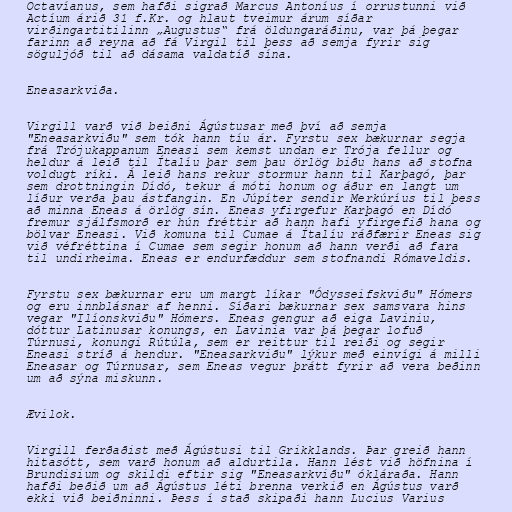
Octavíanus, sem hafði sigrað Marcus Antoníus í orrustunni við
Actíum árið 31 f.Kr. og hlaut tveimur árum síðar
virðingartitilinn „Augustus“ frá öldungaráðinu, var þá þegar
farinn að reyna að fá Virgil til þess að semja fyrir sig
söguljóð til að dásama valdatíð sína.

Eneasarkviða.

Virgill varð við beiðni Ágústusar með því að semja
"Eneasarkviðu" sem tók hann tíu ár. Fyrstu sex bækurnar segja
frá Trójukappanum Eneasi sem kemst undan er Trója fellur og
heldur á leið til Ítalíu þar sem þau örlög biðu hans að stofna
voldugt ríki. Á leið hans rekur stormur hann til Karþagó, þar
sem drottningin Dídó, tekur á móti honum og áður en langt um
líður verða þau ástfangin. En Júpíter sendir Merkúríus til þess
að minna Eneas á örlög sín. Eneas yfirgefur Karþagó en Dídó
fremur sjálfsmorð er hún fréttir að hann hafi yfirgefið hana og
bölvar Eneasi. Við komuna til Cumae á Ítalíu ráðfærir Eneas sig
við véfréttina í Cumae sem segir honum að hann verði að fara
til undirheima. Eneas er endurfæddur sem stofnandi Rómaveldis.

Fyrstu sex bækurnar eru um margt líkar "Ódysseifskviðu" Hómers
og eru innblásnar af henni. Síðari bækurnar sex samsvara hins
vegar "Ilíonskviðu" Hómers. Eneas gengur að eiga Laviniu,
dóttur Latinusar konungs, en Lavinia var þá þegar lofuð
Túrnusi, konungi Rútúla, sem er reittur til reiði og segir
Eneasi stríð á hendur. "Eneasarkviðu" lýkur með einvígi á milli
Eneasar og Túrnusar, sem Eneas vegur þrátt fyrir að vera beðinn
um að sýna miskunn.

Ævilok.

Virgill ferðaðist með Ágústusi til Grikklands. Þar greið hann
hitasótt, sem varð honum að aldurtila. Hann lést við höfnina í
Brundisium og skildi eftir sig "Eneasarkviðu" ókláraða. Hann
hafði beðið um að Ágústus léti brenna verkið en Ágústus varð
ekki við beiðninni. Þess í stað skipaði hann Lucius Varius